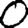
Digit: 0